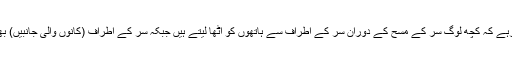
یہاں یہ بات بھی ملحوظ رہے کہ کچھ لوگ سر کے مسح کے دوران سر کے اطراف سے ہاتھوں کو اٹھا لیتے ہیں جبکہ سر کے اطراف (کانوں والی جانبیں) بھی سر کے اندر داخل ہیں۔